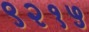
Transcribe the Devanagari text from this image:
९२१५